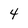
Character: 4